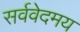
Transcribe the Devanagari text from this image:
सर्ववेदमय